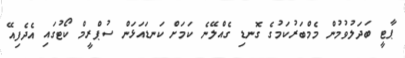
ޕާޓީ ބަދަލުވުމުން މެމްބަރުކަމުގެ ގޮނޑި ގެެއްލޭނެ ކަމަށް ކަނޑައަޅަން ސުޕްރީމް ކޯޓުގައި އެދެފިއޭ